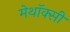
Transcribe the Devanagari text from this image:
मेथॉक्सी